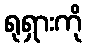
ရုရှားကို